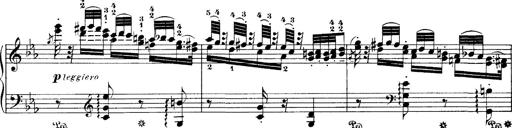
Title: Hungarian Rhapsody No.4
Composer: Franz Liszt
Key: E-flat major